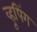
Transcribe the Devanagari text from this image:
व्हूपिंग